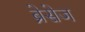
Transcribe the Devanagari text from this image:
ब्रेसेज